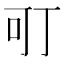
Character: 𭇄